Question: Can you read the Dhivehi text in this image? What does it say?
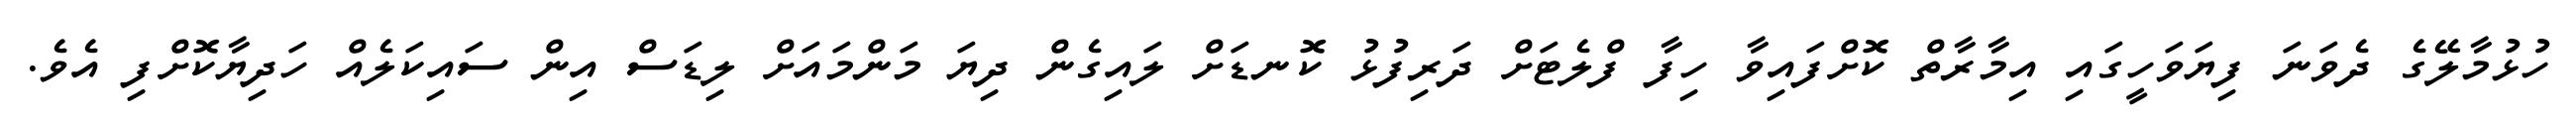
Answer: ހުޅުމާލޭގެ ދެވަނަ ފިޔަވަހީގައި އިމާރާތް ކޮށްފައިވާ ހިފާ ފްލެޓަށް ދަރިފުޅު ކޮނޑަށް ލައިގެން ދިޔަ މަންމައަށް ލިޑަސް އިން ސައިކަލެއް ހަދިޔާކޮށްފި އެވެ.